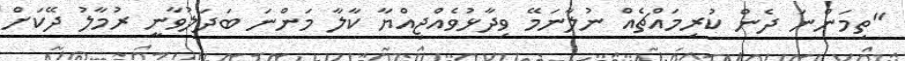
"ތިމަންނަ ދެން ކުރިމައްޗެއް ނުލާނަމޭ ވިދާޅުވެއްޖިއްޔާ ކާލާ މަންނަ ބަދަލުވާނީ ރުމާލު ދޭކަށް